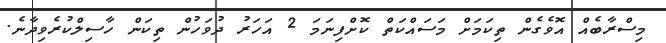
މިސްރާބެއް އޮވެގެން ތިކަމަށް މަސައްކަތް ކޮށްފިނަމަ 2 އަހަރު ދުވަހުން ތިކަން ހާސިލްކުރެވިދާނެ.